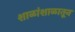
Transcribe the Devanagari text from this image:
शाळांशाळातून